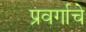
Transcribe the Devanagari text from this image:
प्रवर्गाचे